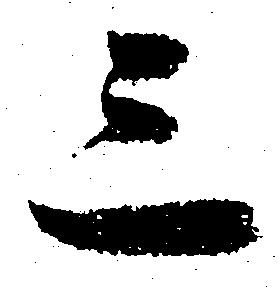
三